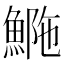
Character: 𩷿